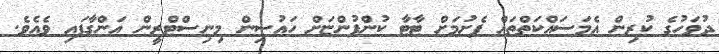
ދުވަހުގެ ކުރިން އެމަސައްކަތްތައް ފެށުމަށް ޓާޓާ ކުންފުންޏަށް ހައުސިން މިނިސްޓްރީން އަންގާފައި ވެއެވެ.